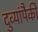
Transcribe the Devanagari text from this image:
दुव्यांपैकी